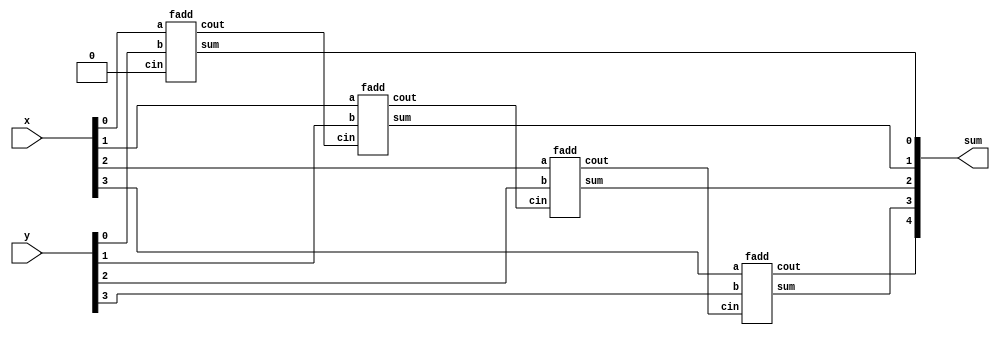
module top_module (
    input [3:0] x,
    input [3:0] y, 
    output [4:0] sum);
    
    genvar i;
    
    wire[3:0] cin;
    wire[4:0] cout;
    
    assign cin = {cout[2:0],1'b0};
    assign sum[4] = cout[3];
    
    generate for(i=0; i<4; i=i+1) begin: adder_inst
        fadd fadd_inst(
            .a(x[i]),
            .b(y[i]),
            .cin(cin[i]),
            .cout(cout[i]),
            .sum(sum[i])
        );
    end
    endgenerate

endmodule

module fadd( 
    input a, b, cin,
    output cout, sum );
    
    assign sum = a ^ b ^ cin;
    assign cout = a&b | a&cin | b&cin;

endmodule